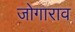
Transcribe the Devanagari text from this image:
जोगाराव